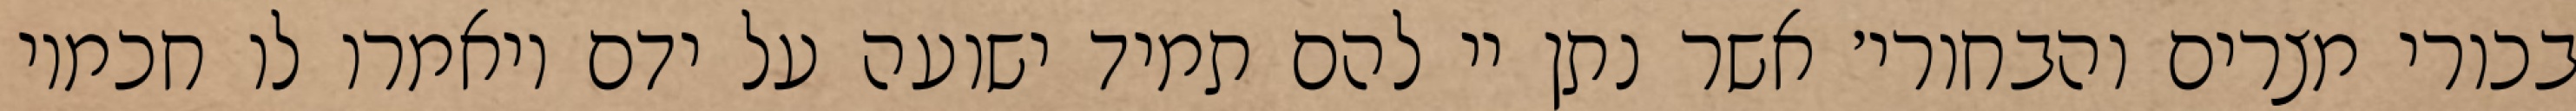
בכורי מצרים והבחורי׳ אשר נתן יי להם תמיד ישועה על ידם ויאמרו לו חכמיו